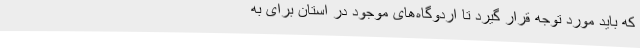
که باید مورد توجه قرار گیرد تا اردوگاه‌های موجود در استان برای به